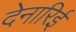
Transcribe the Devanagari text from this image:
देनारिई